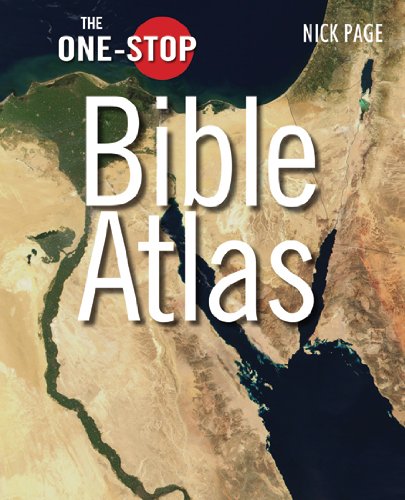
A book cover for The One-Stop Bible Atlas (One-Stop series); Nick Page; Christian Books & Bibles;